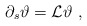
\begin{align*}\partial_s \vartheta = \mathcal{L}\vartheta\ ,\end{align*}